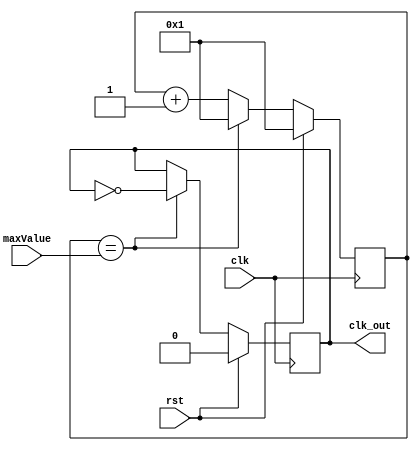
`timescale 1ns / 1ps
//////////////////////////////////////////////////////////////////////////////////
// Company: 
// Engineer: 
// 
// Design Name: 
// Module Name:    clockDivider 
// Project Name: 
// Target Devices: 
// Tool versions: 
// Description: 
//
// Dependencies: 
//
// Revision: 
// Revision 0.01 - File Created
// Additional Comments: 
//
//////////////////////////////////////////////////////////////////////////////////
module clockDivider(clk, rst, maxValue, clk_out);
	input clk, rst;
	input [25:0] maxValue;
	output reg clk_out=0;
	
	reg [25:0] counter=0;
	
	always @(posedge clk) begin
		if (rst) begin
			counter <= 1;
			clk_out <= 1'b0;
		end
		else begin
			counter <= counter + 1'b1;
			if (counter == maxValue) begin
				clk_out <= ~clk_out;
				counter <= 1;
			end
		end
	end

endmodule